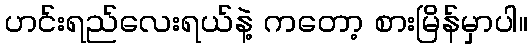
ဟင်းရည်လေးရယ်နဲ့ ကတော့ စားမြိန်မှာပါ။